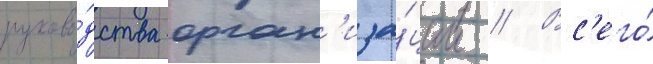
руково́дства орган'иза́ции // Вс'его́